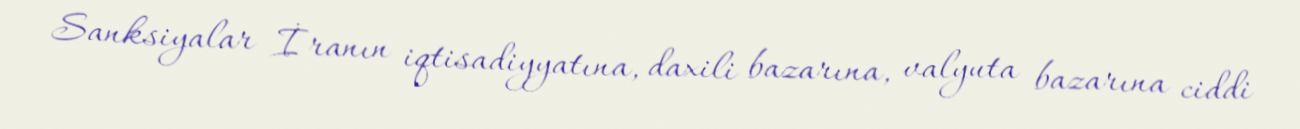
Sanksiyalar İranın iqtisadiyyatına, daxili bazarına, valyuta bazarına ciddi